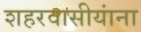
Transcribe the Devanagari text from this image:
शहरवासीयांना